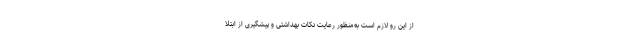
از این رو لازم است به‌منظور رعایت نکات بهداشتی و پیشگیری از ابتلا